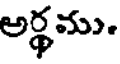
అర్థము.